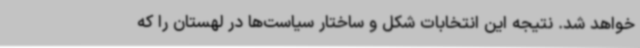
خواهد شد. نتیجه این انتخابات شکل و ساختار سیاست‌ها در لهستان را که